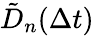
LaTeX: \tilde{D}_{n}(\Delta t)